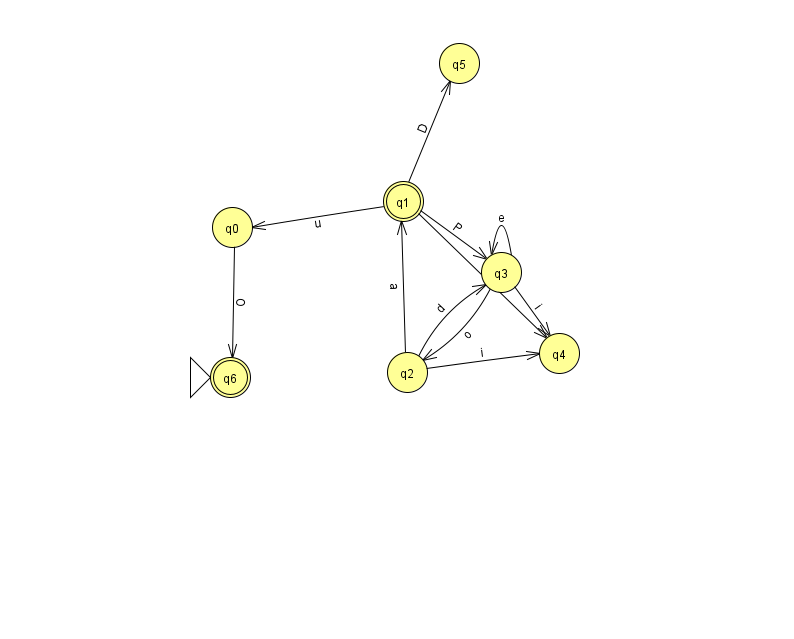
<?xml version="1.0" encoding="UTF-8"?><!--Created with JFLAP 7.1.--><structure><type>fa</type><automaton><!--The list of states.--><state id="0" name="q0"><x>232.0</x><y>214.0</y></state><state id="1" name="q1"><x>403.0</x><y>188.0</y><final/></state><state id="2" name="q2"><x>407.0</x><y>359.0</y></state><state id="3" name="q3"><x>501.0</x><y>259.0</y></state><state id="4" name="q4"><x>559.0</x><y>340.0</y></state><state id="5" name="q5"><x>459.0</x><y>50.0</y></state><state id="6" name="q6"><x>230.0</x><y>364.0</y><initial/><final/></state><!--The list of transitions.--><transition><from>0</from><to>6</to><read>O</read></transition><transition><from>3</from><to>2</to><read>o</read></transition><transition><from>1</from><to>5</to><read>D</read></transition><transition><from>1</from><to>0</to><read>u</read></transition><transition><from>1</from><to>4</to><read>s</read></transition><transition><from>3</from><to>3</to><read>e</read></transition><transition><from>2</from><to>4</to><read>i</read></transition><transition><from>1</from><to>3</to><read>P</read></transition><transition><from>2</from><to>1</to><read>a</read></transition><transition><from>3</from><to>4</to><read>i</read></transition><transition><from>2</from><to>3</to><read>d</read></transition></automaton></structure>